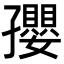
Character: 孾